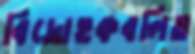
বিদ্রোহকবলিত